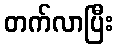
တက်လာပြီး